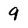
Character: 9